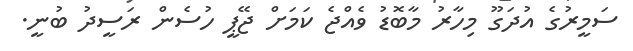
ސަމީރުގެ އުދަގޫ މިހާރު މާބޮޑު ވެއްޖެ ކަމަށް ޖޭޕީ ހުސެން ރަސީދު ބުނީ.